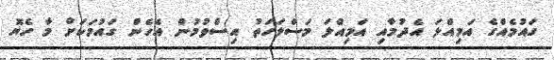
ގައުމެއްގެ އަމިއްލަ އެދުމާއި އަމިއްލަ މަސްލަހަތު އިސްވުމުން އެހެން ގައުމަކަށް މާ ހެޔޮ